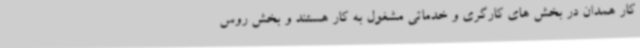
کار همدان در بخش های کارگری و خدماتی مشغول به کار هستند و بخش روس